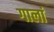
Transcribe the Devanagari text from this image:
गालां